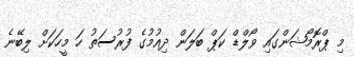
މި ޕްރޮމޯޝަންގައި ވޯލްޑް ކަޕް ބަލަން ދިއުމުގެ ފުރުސަތު ހަ މީހަކަށް ލިބޭނެ